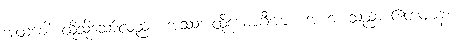
အထခေါ၊ ထိုသို့သော်လည်း။ အဿ၊ ထိုယောဂီအား။ အဟံ၊ သည်။ ဧတံဈာနံ၊